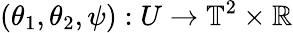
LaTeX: (\theta_{1},\theta_{2},\psi):U\to\mathbb{T}^{2}\times\mathbb{R}